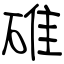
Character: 碓